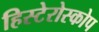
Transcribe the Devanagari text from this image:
हिस्टेरोस्कोप